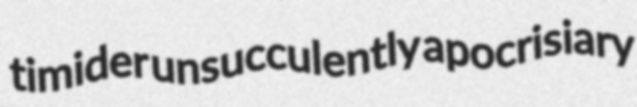
timider unsucculently apocrisiary